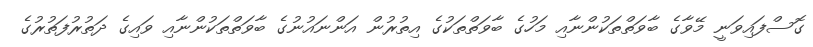
ގޮސްފައިވަނީ މޭވާގެ ބާވަތްތަކުންނާއި މަހުގެ ބާވަތްތަކުގެ އިތުރުން އަންނައުނުގެ ބާވަތްތަކުންނާއި ވައިގެ ދަތުރުފަތުރުގެ